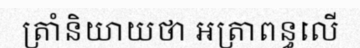
ត្រាំនិយាយថា អត្រាពន្ធលើ